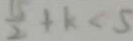
\frac { 1 5 } { 2 } + k < 5